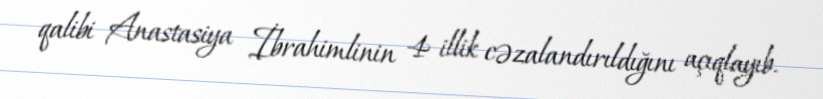
qalibi Anastasiya İbrahimlinin 4 illik cəzalandırıldığını açıqlayıb.